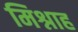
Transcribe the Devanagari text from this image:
मिश्नाह